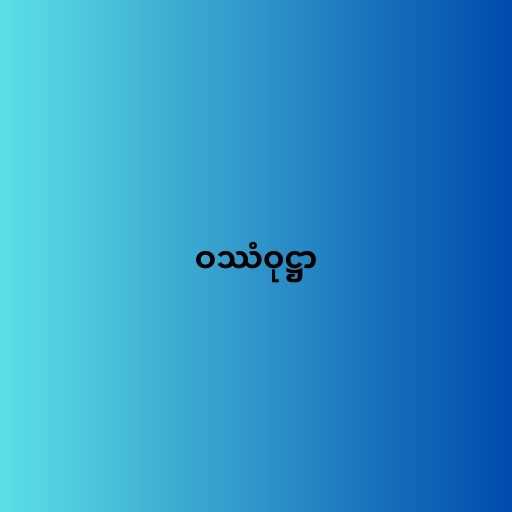
ဝဿံဝုဋ္ဌာ